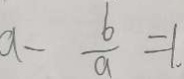
a - \frac { b } { a } = 1